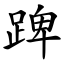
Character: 䠋